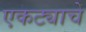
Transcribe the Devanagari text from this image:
एकट्याचे